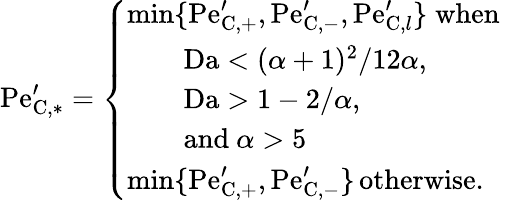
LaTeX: \mathrm{Pe}_{\mathrm{C},*}^{\prime}=\left\{ \begin{array}{ll}{\mathrm{min}\{ \mathrm{Pe}_{\mathrm{C},+}^{\prime},\mathrm{Pe}_{\mathrm{C},-}^{\prime},\mathrm{Pe}_{\mathrm{C},l}^{\prime}\} \; \mathrm{when~}}\\ {\qquad\mathrm{Da}<(\alpha+1)^{2}/12\alpha,}\\ {\qquad\mathrm{Da}>1-2/\alpha,}\\ {\qquad\mathrm{and~}\alpha>5}\\ {\mathrm{min}\{ \mathrm{Pe}_{\mathrm{C},+}^{\prime},\mathrm{Pe}_{\mathrm{C},-}^{\prime}\} \, \mathrm{otherwise}.}\end{array}\right.